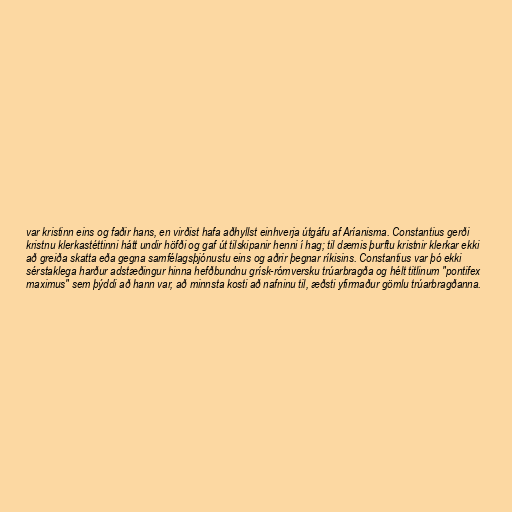
var kristinn eins og faðir hans, en virðist hafa aðhyllst einhverja útgáfu af Aríanisma. Constantius gerði
kristnu klerkastéttinni hátt undir höfði og gaf út tilskipanir henni í hag; til dæmis þurftu kristnir klerkar ekki
að greiða skatta eða gegna samfélagsþjónustu eins og aðrir þegnar ríkisins. Constantius var þó ekki
sérstaklega harður adstæðingur hinna hefðbundnu grísk-rómversku trúarbragða og hélt titlinum "pontifex
maximus" sem þýddi að hann var, að minnsta kosti að nafninu til, æðsti yfirmaður gömlu trúarbragðanna.